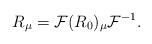
LaTeX: \begin{gather*}R_\mu=\mathcal{F}(R_0)_\mu\mathcal{F}^{-1}.\end{gather*}